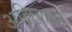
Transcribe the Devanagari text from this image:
अक्षिवाली